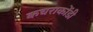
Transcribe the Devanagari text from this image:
कचराकोंडी